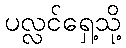
ပလ္လင်ရှေ့သို့